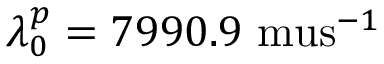
\lambda _ { 0 } ^ { p } = 7 9 9 0 . 9 \mathrm { \ m u s } ^ { - 1 }